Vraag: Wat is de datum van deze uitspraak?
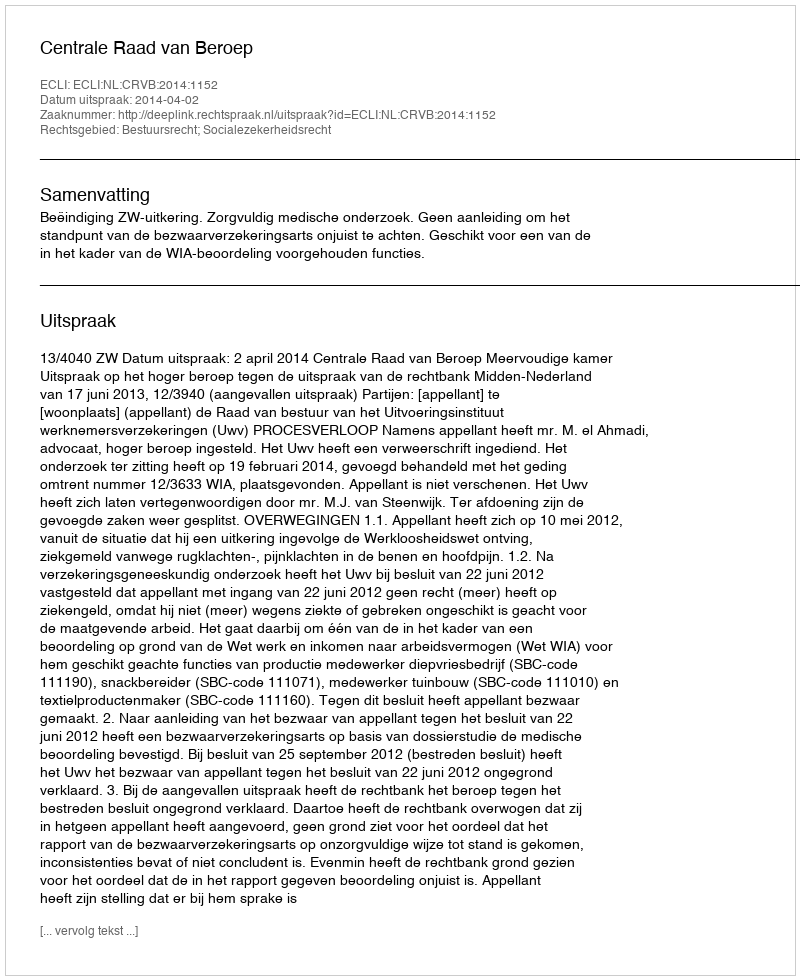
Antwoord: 2014-04-02